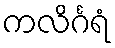
ကလိင်္ဂရံ